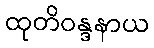
ထုတိဝန္ဒနာယ